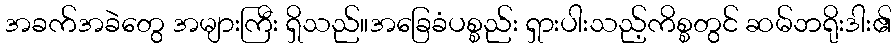
အခက်အခဲတွေ အများကြီး ရှိသည်။အခြေခံပစ္စည်း ရှားပါးသည့်ကိစ္စတွင် ဆမ်ဘရိုးဒါး၏